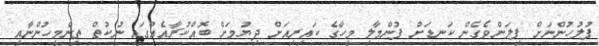
ފުލުހުންނަށް ފިލަންވެގެން ކަނޑަށް ފުންމާލި މީހާގެ ކައިރިއަށް ދިޔުމަށް ބޮއްކުރާއެއްގައި ނުކުތް ތިންމީހުންނާއި